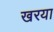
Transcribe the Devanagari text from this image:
खरया